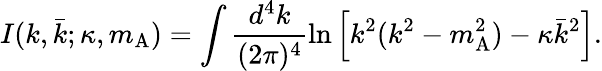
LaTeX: I(k,\bar{k};\kappa,m_{\mathrm{A}})=\int\frac{d^{4}k}{(2\pi)^{4}}\ln\left[k^{2}(k^{2}-m_{\mathrm{A}}^{2})-\kappa\bar{k}^{2}\right].